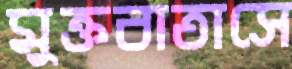
মুক্তবাতাসে